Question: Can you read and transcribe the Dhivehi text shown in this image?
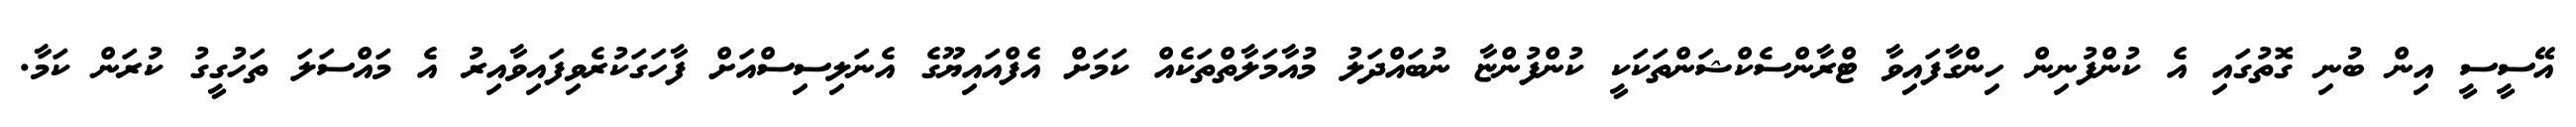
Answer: އޭސީސީ އިން ބުނި ގޮތުގައި އެ ކުންފުނިން ހިންގާފައިވާ ޓްރާންސެކްޝަންތަކަކީ ކުންފުންޏާ ނުބައްދަލު މުއާމަލާތްތަކެއް ކަމަށް އެފްއައިޔޫގެ އެނަލިސިސްއަށް ފާހަގަކުރެވިފައިވާއިރު އެ މައްސަލަ ތަހުގީގު ކުރަން ކަމާ.